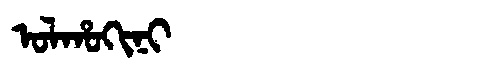
Manchu: ᠣᠯᡥᠣᡴᡳᠨᡳ
Romanization: OLHOKINI